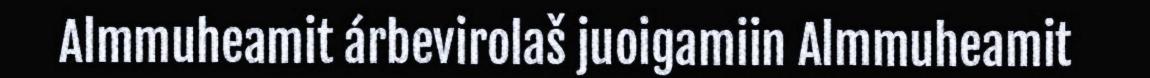
Almmuheamit árbevirolaš juoigamiin Almmuheamit